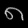
Digit: ၈